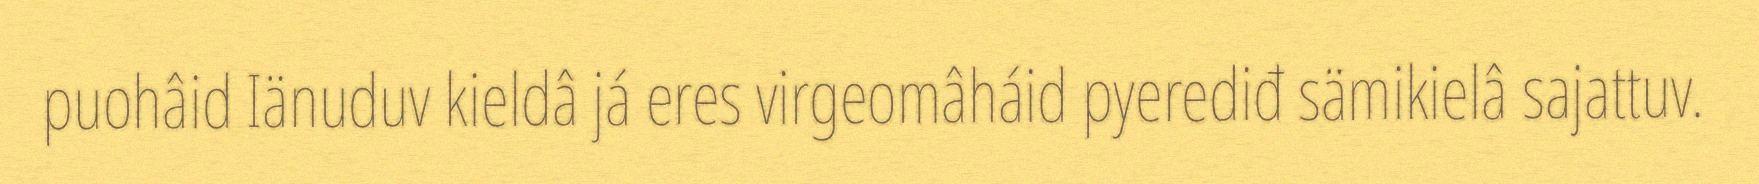
puohâid Iänuduv kieldâ já eres virgeomâháid pyerediđ sämikielâ sajattuv.